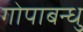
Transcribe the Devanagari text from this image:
गोपाबन्धु